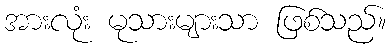
အားလုံး မုသားများသာ ဖြစ်သည်။